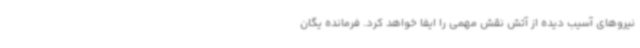
نیروهای آسیب دیده از آتش نقش مهمی را ایفا خواهد کرد. فرمانده یگان